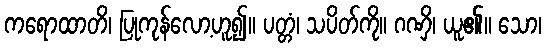
ကရောထာတိ၊ ပြုကုန်လော့ဟူ၍။ ပတ္တံ၊ သပိတ်ကို။ ဂဏှိ၊ ယူ၏။ သော၊